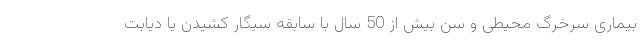
بیماری سرخرگ محیطی و سن بیش از 50 سال با سابقه سیگار کشیدن یا دیابت